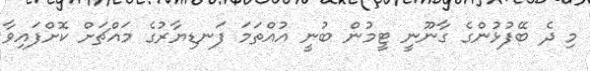
މި ދެ ބޭފުޅުންގެ ގާނޫނީ ޓީމުން ބުނީ އުއްތަމަ ފަނޑިޔާރުގެ މައްޗަށް ކޮށްފައިވާ